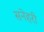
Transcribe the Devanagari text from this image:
सनेहरी